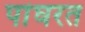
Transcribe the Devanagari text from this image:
पांघरत